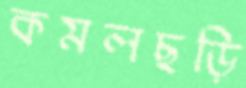
কমলছড়ি